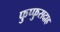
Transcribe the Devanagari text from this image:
फुप्फुसदाह